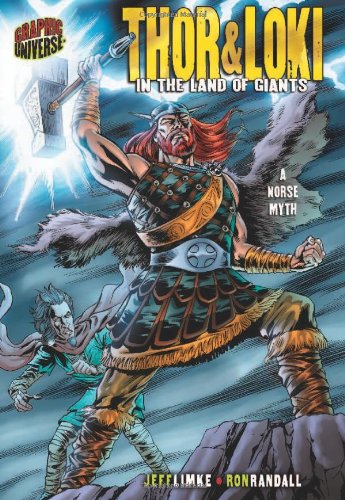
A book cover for Thor And Loki: In the Land of Giants : a Norse Myth (Graphic Universe); Jeff Limke; Children's Books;